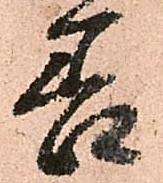
善